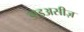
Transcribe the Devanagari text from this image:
डाइअसीज़